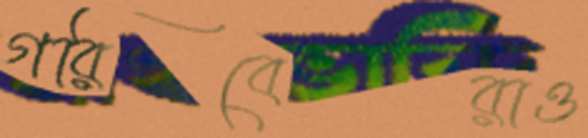
গরিবেরাও